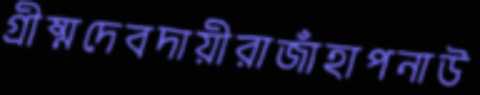
গ্রীষ্মদেবদায়ীরাজাঁহাপনাউ